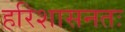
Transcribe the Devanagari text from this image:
हरिशासनतः